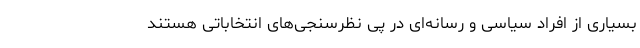
بسیاری از افراد سیاسی و رسانه‌ای در پی نظرسنجی‌های انتخاباتی هستند